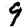
Digit: 9